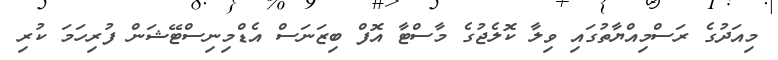
މިއަދުގެ ރަސްމިއްޔާތުގައި ވިލާ ކޮލެޖުގެ މާސްޓާ އޮފް ބިޒަނަސް އެޑްމިނިސްޓޭޝަން ފުރިހަމަ ކުރި